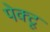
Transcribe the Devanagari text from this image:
पेक्टू